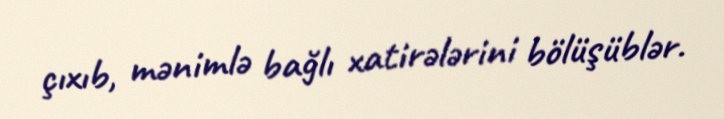
çıxıb, mənimlə bağlı xatirələrini bölüşüblər.